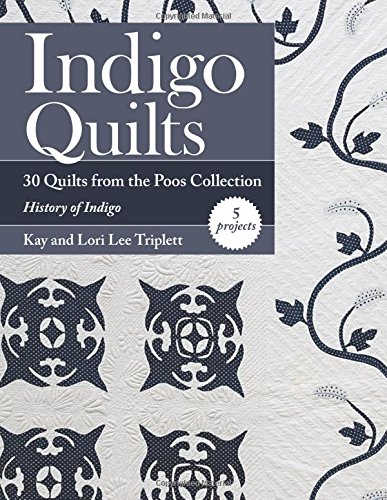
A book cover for Indigo Quilts: 30 Quilts from the Poos Collection - History of Indigo - 5 Projects; Kay Triplett; Crafts, Hobbies & Home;